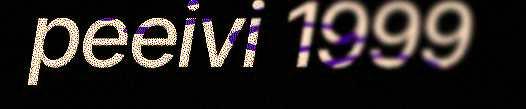
peeivi 1999